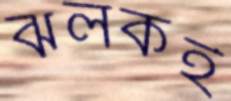
ঝলকই